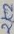
Text: 2K2